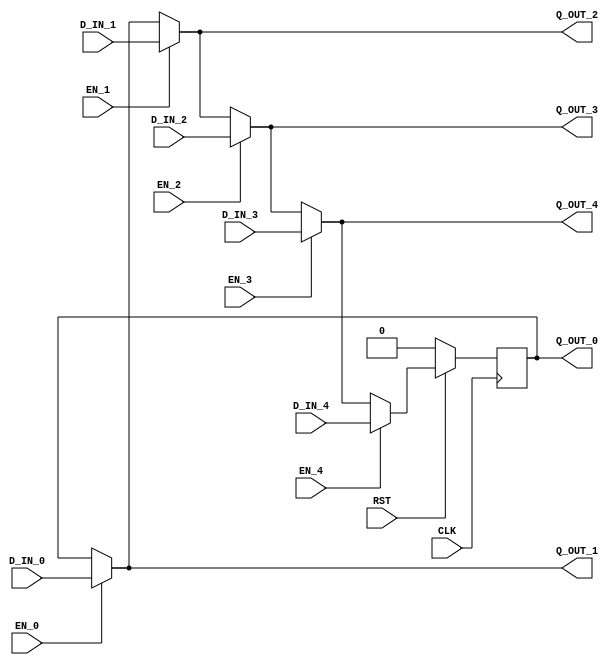

// Copyright (c) 2014 Bluespec, Inc.

// Permission is hereby granted, free of charge, to any person obtaining a copy
// of this software and associated documentation files (the "Software"), to deal
// in the Software without restriction, including without limitation the rights
// to use, copy, modify, merge, publish, distribute, sublicense, and/or sell
// copies of the Software, and to permit persons to whom the Software is
// furnished to do so, subject to the following conditions:

// The above copyright notice and this permission notice shall be included in
// all copies or substantial portions of the Software.

// THE SOFTWARE IS PROVIDED "AS IS", WITHOUT WARRANTY OF ANY KIND, EXPRESS OR
// IMPLIED, INCLUDING BUT NOT LIMITED TO THE WARRANTIES OF MERCHANTABILITY,
// FITNESS FOR A PARTICULAR PURPOSE AND NONINFRINGEMENT. IN NO EVENT SHALL THE
// AUTHORS OR COPYRIGHT HOLDERS BE LIABLE FOR ANY CLAIM, DAMAGES OR OTHER
// LIABILITY, WHETHER IN AN ACTION OF CONTRACT, TORT OR OTHERWISE, ARISING FROM,
// OUT OF OR IN CONNECTION WITH THE SOFTWARE OR THE USE OR OTHER DEALINGS IN
// THE SOFTWARE.
//
// $Revision: 29441 $
// $Date: 2012-08-27 17:58:03 -0400 (Mon, 27 Aug 2012) $

`ifdef BSV_ASSIGNMENT_DELAY
`else
  `define BSV_ASSIGNMENT_DELAY
`endif

`ifdef BSV_POSITIVE_RESET
  `define BSV_RESET_VALUE 1'b1
  `define BSV_RESET_EDGE posedge
`else
  `define BSV_RESET_VALUE 1'b0
  `define BSV_RESET_EDGE negedge
`endif


module CRegN5
         (CLK,
          RST,

	  // port 0 read
          Q_OUT_0,
	  // port 0 write
          EN_0, D_IN_0,

          // port 1 read
          Q_OUT_1,
	  // port 1 write
          EN_1, D_IN_1,

          // port 2 read
          Q_OUT_2,
	  // port 2 write
          EN_2, D_IN_2,

          // port 3 read
          Q_OUT_3,
	  // port 3 write
          EN_3, D_IN_3,

          // port 4 read
          Q_OUT_4,
	  // port 4 write
          EN_4, D_IN_4
         );

   parameter width = 1 ;
   parameter init  = { width {1'b0} } ;

   input  CLK ;
   input  RST ;

   output [width - 1 : 0]  Q_OUT_0 ;
   input                   EN_0 ;
   input  [width - 1 : 0]  D_IN_0 ;

   output [width - 1 : 0]  Q_OUT_1 ;
   input                   EN_1 ;
   input  [width - 1 : 0]  D_IN_1 ;

   output [width - 1 : 0]  Q_OUT_2 ;
   input                   EN_2 ;
   input  [width - 1 : 0]  D_IN_2 ;

   output [width - 1 : 0]  Q_OUT_3 ;
   input                   EN_3 ;
   input  [width - 1 : 0]  D_IN_3 ;

   output [width - 1 : 0]  Q_OUT_4 ;
   input                   EN_4 ;
   input  [width - 1 : 0]  D_IN_4 ;

   reg    [width - 1 : 0]  Q_OUT_0 ;
   wire   [width - 1 : 0]  Q_OUT_1 ;
   wire   [width - 1 : 0]  Q_OUT_2 ;
   wire   [width - 1 : 0]  Q_OUT_3 ;
   wire   [width - 1 : 0]  Q_OUT_4 ;
   wire   [width - 1 : 0]  Q_OUT_5 ;
   
   assign Q_OUT_1 = EN_0 ? D_IN_0 : Q_OUT_0 ;
   assign Q_OUT_2 = EN_1 ? D_IN_1 : Q_OUT_1 ;
   assign Q_OUT_3 = EN_2 ? D_IN_2 : Q_OUT_2 ;
   assign Q_OUT_4 = EN_3 ? D_IN_3 : Q_OUT_3 ;
   assign Q_OUT_5 = EN_4 ? D_IN_4 : Q_OUT_4 ;
   
   always@(posedge CLK)
     begin
        if (RST == `BSV_RESET_VALUE)
          Q_OUT_0 <= `BSV_ASSIGNMENT_DELAY init ;
        else
          Q_OUT_0 <= `BSV_ASSIGNMENT_DELAY Q_OUT_5 ;
     end

`ifdef BSV_NO_INITIAL_BLOCKS
`else // not BSV_NO_INITIAL_BLOCKS
   // synopsys translate_off
   initial begin
      Q_OUT_0 = {((width + 1)/2){2'b10}} ;
   end
   // synopsys translate_on
`endif // BSV_NO_INITIAL_BLOCKS

endmodule